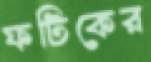
ফটিকের